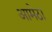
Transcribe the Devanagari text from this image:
आमेठा